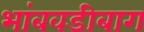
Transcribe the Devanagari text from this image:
भांबवडीबाग